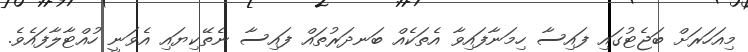
މިއަހަރަށް ބަޖެޓުގައި ފައިސާ ހިމަނާފައިވާ އެތަކެއް ބަނދަރުތައް ފައިސާ ނެތޭކިޔައި އެވަނީ ހުއްޓާލާފައެވެ.